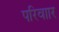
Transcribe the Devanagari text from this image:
परिवाार